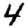
Digit: 4